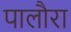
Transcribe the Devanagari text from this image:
पालौरा